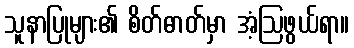
သူနာပြုများ၏ စိတ်ဓာတ်မှာ အံ့ဩဖွယ်ရာ။